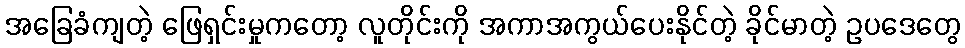
အခြေခံကျတဲ့ ဖြေရှင်းမှုကတော့ လူတိုင်းကို အကာအကွယ်ပေးနိုင်တဲ့ ခိုင်မာတဲ့ ဥပဒေတွေ